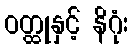
ဝတ္ထုနှင့် နိဂုံး